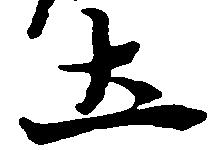
土